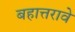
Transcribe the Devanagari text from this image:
बहात्तरावे